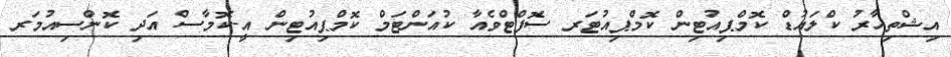
އިޝްތިހާރު ކްލައުޑް ކޮމްޕިއުޓިން ކޮމްޕިއުޓަރ ސޮފްޓްވެއާ ކުއަންޓަމް ކޮމްޕިއުޓިން އީ-ކޮމާސް އަދި ކޮންސިއުމަރ